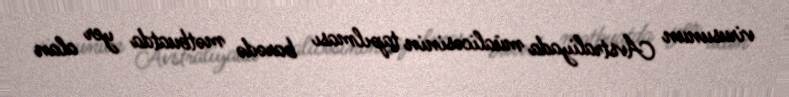
virusunun Avstraliyada müalicəsinin tapılması barədə mətbuatda yer alan